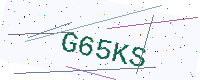
Text: G65KS